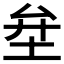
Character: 𡊅